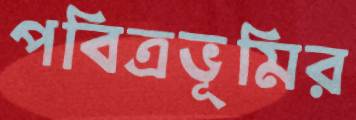
পবিত্রভূমির